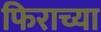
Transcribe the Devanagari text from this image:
फिराच्या